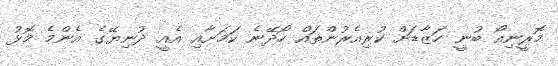
މޮރީނިއޯ ބުނީ ހަޒާޑަށް ކުރިއެރުންތައް ހޯދޭނެ ކަމަށާއި އެއީ ދުނިޔޭގެ އެންމެ މޮޅު